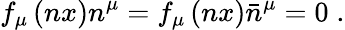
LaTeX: f_{\mu}\left(nx\right)n^{\mu}=f_{\mu}\left(nx\right)\bar{n}^{\mu}=0\; .